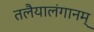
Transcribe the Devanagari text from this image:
तलैयालंगानम्